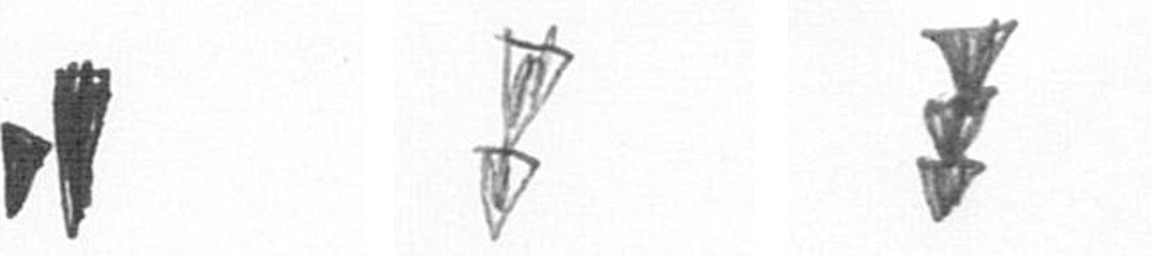
M Z E